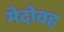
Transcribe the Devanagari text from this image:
मेदोवह